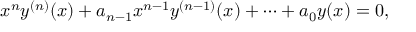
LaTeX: x ^ { n } y ^ { ( n ) } ( x ) + a _ { n - 1 } x ^ { n - 1 } y ^ { ( n - 1 ) } ( x ) + \cdots + a _ { 0 } y ( x ) = 0 ,